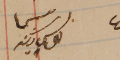
رئيس يوسف زينه